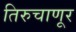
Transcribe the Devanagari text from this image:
तिरुचाणूर